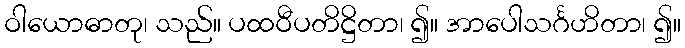
ဝါယောဓာတု၊ သည်။ ပထဝီပတိဋ္ဌိတာ၊ ၍။ အာပေါသင်္ဂဟိတာ၊ ၍။